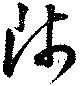
師